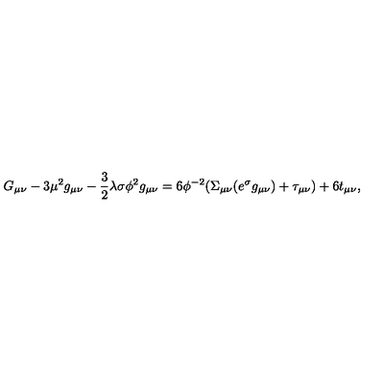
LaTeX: G _ { \mu \nu } - 3 \mu ^ { 2 } g _ { \mu \nu } - \frac { 3 } { 2 } \lambda \sigma \phi ^ { 2 } g _ { \mu \nu } = 6 \phi ^ { - 2 } ( \Sigma _ { \mu \nu } ( e ^ { \sigma } g _ { \mu \nu } ) + \tau _ { \mu \nu } ) + 6 t _ { \mu \nu } ,